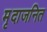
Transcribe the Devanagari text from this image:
मृदाजनित